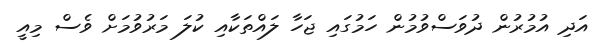
އަދި އުމުރުން ދުވަސްވުމުން ހަމުގައި ޖަހާ ލައްތަކާއި ކުލަ މަރުވުމަށް ވެސް މިއީ